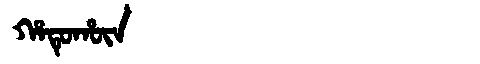
Manchu: ᡥᠠᡨᡠᡥᡡᠨ
Romanization: HATUHŪN